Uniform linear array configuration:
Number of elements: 32
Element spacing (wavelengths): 0.25
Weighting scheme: uniform
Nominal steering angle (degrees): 30
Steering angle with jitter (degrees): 31.665
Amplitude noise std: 0.05
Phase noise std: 0.05

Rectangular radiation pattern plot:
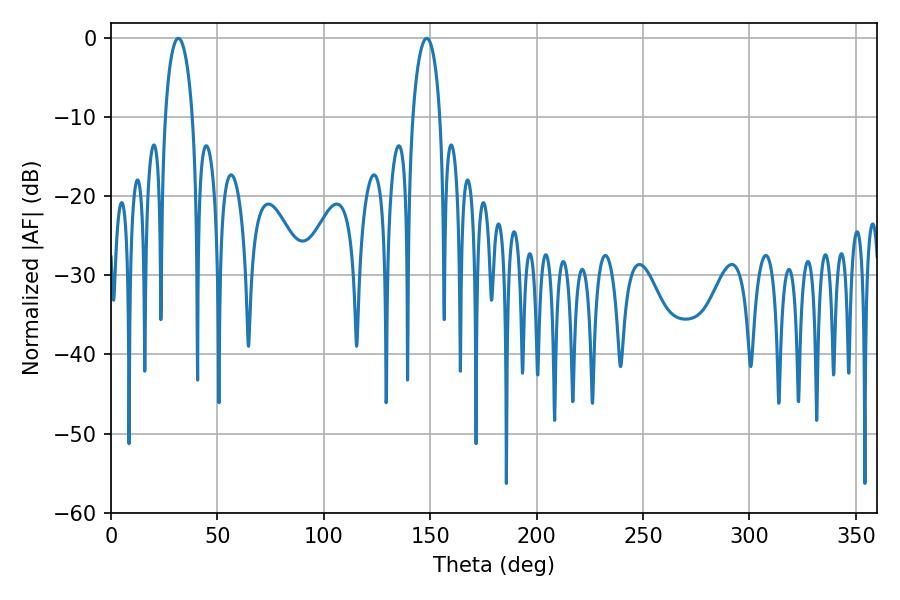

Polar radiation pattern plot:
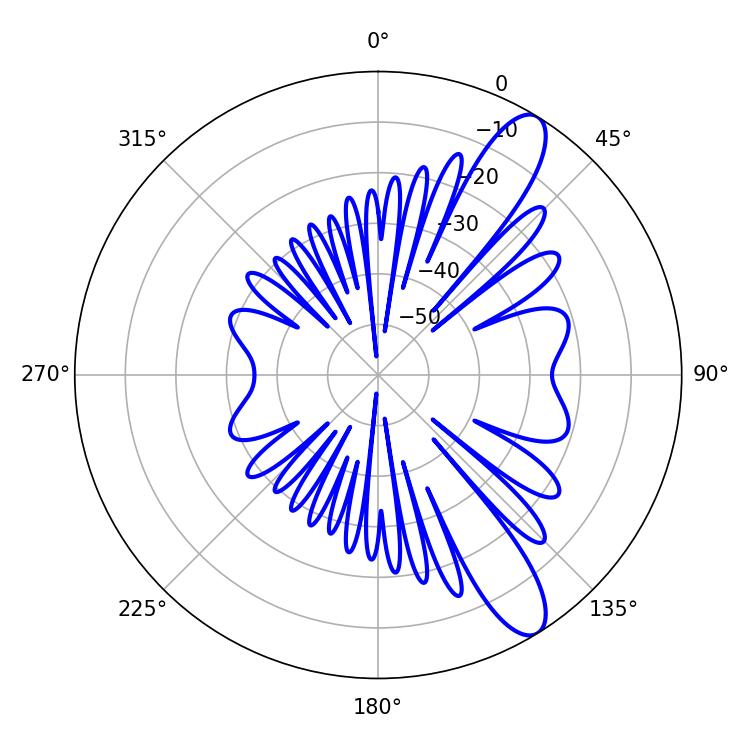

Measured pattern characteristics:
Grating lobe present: FALSE
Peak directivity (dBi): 11.098
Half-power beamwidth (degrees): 7.38
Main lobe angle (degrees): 31.68